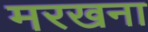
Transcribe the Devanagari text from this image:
मरखना